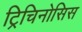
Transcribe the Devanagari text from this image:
ट्रिचिनोसिस